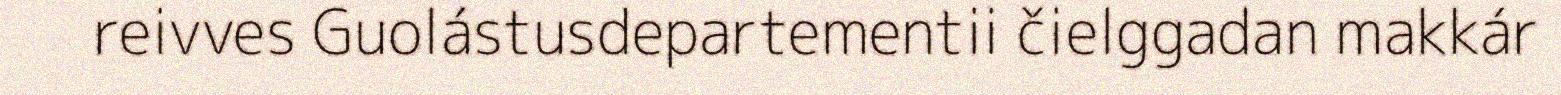
reivves Guolástusdepartementii čielggadan makkár